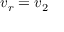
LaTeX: v _ { r } = v _ { 2 }